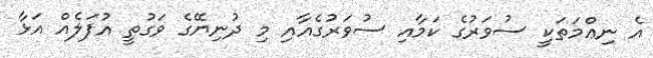
އެ ނިޢްމަތަކީ ސުވަރުގެ ކަމާއި ސުވަރުގެއާއި މި ދުނިޔޭގެ ވަގުތީ އުފަލެއް އަޅާ